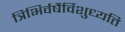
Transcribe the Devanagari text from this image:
त्रिभिर्वर्षैर्विशुध्यति